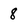
Character: 8